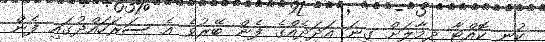
ކުނި ކޮއްޓާ ދިމާލަށް ގިނަ އަދަދެއްގެ ފެން ބޭރުވެ އެ ސަރަހައްދުގައި ފެން